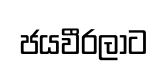
ජයවීරලාට